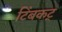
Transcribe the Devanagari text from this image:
टिंबकट्